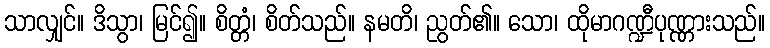
သာလျှင်။ ဒိသွာ၊ မြင်၍။ စိတ္တံ၊ စိတ်သည်။ နမတိ၊ ညွတ်၏။ သော၊ ထိုမာဂဏ္ဍီပုဏ္ဏားသည်။